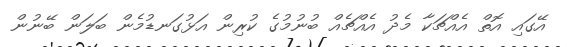
އޭގައި އޮތް އެއްޗަކާ މެދު އެއްޗެއް ބުނުމުގެ ކުރިން އަޅުގަނޑުމެން ބަލަން ބޭނުން